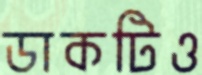
ডাকটিও